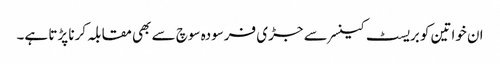
ان خواتین کو بریسٹ کینسر سے جڑی فرسودہ سوچ سے بھی مقابلہ کرنا پڑتا ہے۔